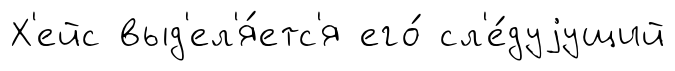
Х'ейс выд'ел'я́етс'я его́ сл'е́дуjущий